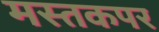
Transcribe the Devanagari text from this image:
मस्तकपर